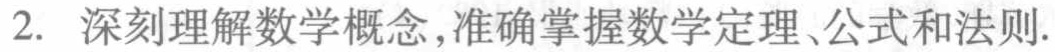
2. 深刻理解数学概念,准确掌握数学定理、公式和法则.